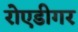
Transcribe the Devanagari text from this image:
रोएडीगर